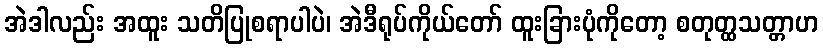
အဲဒါလည်း အထူး သတိပြုစရာပါပဲ၊ အဲဒီရုပ်ကိုယ်တော် ထူးခြားပုံကိုတော့ စတုတ္ထသတ္တာဟ